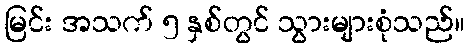
မြင်း အသက် ၅ နှစ်တွင် သွားများစုံသည်။